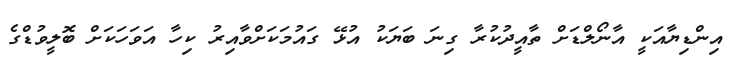
އިންޑިޔާއަކީ އާނޯލްޑަށް ތާއީދުކުރާ ގިނަ ބަޔަކު އުޅޭ ގައުމަކަށްވާއިރު ކިހާ އަވަހަކަށް ބޮލީވުޑްގެ